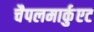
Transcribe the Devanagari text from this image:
चैपलमार्कुएट